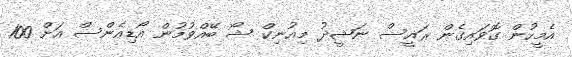
އެމީހުން ގޮވައިގެން ރައީސް ނަޝީދު މިއުނިކް ޝޯ ބޭއްވުމުން އޯޑިއެެންސް އަށް 100